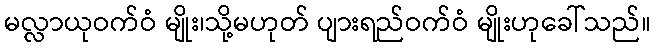
မလ္လာယုဝက်ဝံ မျိုး၊သို့မဟုတ် ပျားရည်ဝက်ဝံ မျိုးဟုခေါ်သည်။